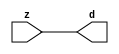

//------> ./rtl_mgc_ioport.v 
//------------------------------------------------------------------
//                M G C _ I O P O R T _ C O M P S
//------------------------------------------------------------------

//------------------------------------------------------------------
//                       M O D U L E S
//------------------------------------------------------------------

//------------------------------------------------------------------
//-- INPUT ENTITIES
//------------------------------------------------------------------

module mgc_in_wire (d, z);

  parameter integer rscid = 1;
  parameter integer width = 8;

  output [width-1:0] d;
  input  [width-1:0] z;

  wire   [width-1:0] d;

  assign d = z;

endmodule

//------------------------------------------------------------------

module mgc_in_wire_en (ld, d, lz, z);

  parameter integer rscid = 1;
  parameter integer width = 8;

  input              ld;
  output [width-1:0] d;
  output             lz;
  input  [width-1:0] z;

  wire   [width-1:0] d;
  wire               lz;

  assign d = z;
  assign lz = ld;

endmodule

//------------------------------------------------------------------

module mgc_in_wire_wait (ld, vd, d, lz, vz, z);

  parameter integer rscid = 1;
  parameter integer width = 8;

  input              ld;
  output             vd;
  output [width-1:0] d;
  output             lz;
  input              vz;
  input  [width-1:0] z;

  wire               vd;
  wire   [width-1:0] d;
  wire               lz;

  assign d = z;
  assign lz = ld;
  assign vd = vz;

endmodule
//------------------------------------------------------------------

module mgc_chan_in (ld, vd, d, lz, vz, z, size, req_size, sizez, sizelz);

  parameter integer rscid = 1;
  parameter integer width = 8;
  parameter integer sz_width = 8;

  input              ld;
  output             vd;
  output [width-1:0] d;
  output             lz;
  input              vz;
  input  [width-1:0] z;
  output [sz_width-1:0] size;
  input              req_size;
  input  [sz_width-1:0] sizez;
  output             sizelz;


  wire               vd;
  wire   [width-1:0] d;
  wire               lz;
  wire   [sz_width-1:0] size;
  wire               sizelz;

  assign d = z;
  assign lz = ld;
  assign vd = vz;
  assign size = sizez;
  assign sizelz = req_size;

endmodule


//------------------------------------------------------------------
//-- OUTPUT ENTITIES
//------------------------------------------------------------------

module mgc_out_stdreg (d, z);

  parameter integer rscid = 1;
  parameter integer width = 8;

  input    [width-1:0] d;
  output   [width-1:0] z;

  wire     [width-1:0] z;

  assign z = d;

endmodule

//------------------------------------------------------------------

module mgc_out_stdreg_en (ld, d, lz, z);

  parameter integer rscid = 1;
  parameter integer width = 8;

  input              ld;
  input  [width-1:0] d;
  output             lz;
  output [width-1:0] z;

  wire               lz;
  wire   [width-1:0] z;

  assign z = d;
  assign lz = ld;

endmodule

//------------------------------------------------------------------

module mgc_out_stdreg_wait (ld, vd, d, lz, vz, z);

  parameter integer rscid = 1;
  parameter integer width = 8;

  input              ld;
  output             vd;
  input  [width-1:0] d;
  output             lz;
  input              vz;
  output [width-1:0] z;

  wire               vd;
  wire               lz;
  wire   [width-1:0] z;

  assign z = d;
  assign lz = ld;
  assign vd = vz;

endmodule

//------------------------------------------------------------------

module mgc_out_prereg_en (ld, d, lz, z);

    parameter integer rscid = 1;
    parameter integer width = 8;

    input              ld;
    input  [width-1:0] d;
    output             lz;
    output [width-1:0] z;

    wire               lz;
    wire   [width-1:0] z;

    assign z = d;
    assign lz = ld;

endmodule

//------------------------------------------------------------------
//-- INOUT ENTITIES
//------------------------------------------------------------------

module mgc_inout_stdreg_en (ldin, din, ldout, dout, lzin, lzout, z);

    parameter integer rscid = 1;
    parameter integer width = 8;

    input              ldin;
    output [width-1:0] din;
    input              ldout;
    input  [width-1:0] dout;
    output             lzin;
    output             lzout;
    inout  [width-1:0] z;

    wire   [width-1:0] din;
    wire               lzin;
    wire               lzout;
    wire   [width-1:0] z;

    assign lzin = ldin;
    assign din = ldin ? z : {width{1'bz}};
    assign lzout = ldout;
    assign z = ldout ? dout : {width{1'bz}};

endmodule

//------------------------------------------------------------------
module hid_tribuf( I_SIG, ENABLE, O_SIG);
  parameter integer width = 8;

  input [width-1:0] I_SIG;
  input ENABLE;
  inout [width-1:0] O_SIG;

  assign O_SIG = (ENABLE) ? I_SIG : { width{1'bz}};

endmodule
//------------------------------------------------------------------

module mgc_inout_stdreg_wait (ldin, vdin, din, ldout, vdout, dout, lzin, vzin, lzout, vzout, z);

    parameter integer rscid = 1;
    parameter integer width = 8;

    input              ldin;
    output             vdin;
    output [width-1:0] din;
    input              ldout;
    output             vdout;
    input  [width-1:0] dout;
    output             lzin;
    input              vzin;
    output             lzout;
    input              vzout;
    inout  [width-1:0] z;

    wire               vdin;
    wire   [width-1:0] din;
    wire               vdout;
    wire               lzin;
    wire               lzout;
    wire   [width-1:0] z;
    wire   ldout_and_vzout;

    assign lzin = ldin;
    assign vdin = vzin;
    assign din = ldin ? z : {width{1'bz}};
    assign lzout = ldout;
    assign vdout = vzout ;
    assign ldout_and_vzout = ldout && vzout ;

    hid_tribuf #(width) tb( .I_SIG(dout),
                            .ENABLE(ldout_and_vzout),
                            .O_SIG(z) );

endmodule

//------------------------------------------------------------------

module mgc_inout_buf_wait (clk, en, arst, srst, ldin, vdin, din, ldout, vdout, dout, lzin, vzin, lzout, vzout, z);

    parameter integer rscid   = 0; // resource ID
    parameter integer width   = 8; // fifo width
    parameter         ph_clk  =  1'b1; // clock polarity 1=rising edge, 0=falling edge
    parameter         ph_en   =  1'b1; // clock enable polarity
    parameter         ph_arst =  1'b1; // async reset polarity
    parameter         ph_srst =  1'b1; // sync reset polarity

    input              clk;
    input              en;
    input              arst;
    input              srst;
    input              ldin;
    output             vdin;
    output [width-1:0] din;
    input              ldout;
    output             vdout;
    input  [width-1:0] dout;
    output             lzin;
    input              vzin;
    output             lzout;
    input              vzout;
    inout  [width-1:0] z;

    wire               lzout_buf;
    wire               vzout_buf;
    wire   [width-1:0] z_buf;
    wire               vdin;
    wire   [width-1:0] din;
    wire               vdout;
    wire               lzin;
    wire               lzout;
    wire   [width-1:0] z;

    assign lzin = ldin;
    assign vdin = vzin;
    assign din = ldin ? z : {width{1'bz}};
    assign lzout = lzout_buf & ~ldin;
    assign vzout_buf = vzout & ~ldin;
    hid_tribuf #(width) tb( .I_SIG(z_buf),
                            .ENABLE((lzout_buf && (!ldin) && vzout) ),
                            .O_SIG(z)  );

    mgc_out_buf_wait
    #(
        .rscid   (rscid),
        .width   (width),
        .ph_clk  (ph_clk),
        .ph_en   (ph_en),
        .ph_arst (ph_arst),
        .ph_srst (ph_srst)
    )
    BUFF
    (
        .clk     (clk),
        .en      (en),
        .arst    (arst),
        .srst    (srst),
        .ld      (ldout),
        .vd      (vdout),
        .d       (dout),
        .lz      (lzout_buf),
        .vz      (vzout_buf),
        .z       (z_buf)
    );


endmodule

module mgc_inout_fifo_wait (clk, en, arst, srst, ldin, vdin, din, ldout, vdout, dout, lzin, vzin, lzout, vzout, z);

    parameter integer rscid   = 0; // resource ID
    parameter integer width   = 8; // fifo width
    parameter integer fifo_sz = 8; // fifo depth
    parameter         ph_clk  = 1'b1;  // clock polarity 1=rising edge, 0=falling edge
    parameter         ph_en   = 1'b1;  // clock enable polarity
    parameter         ph_arst = 1'b1;  // async reset polarity
    parameter         ph_srst = 1'b1;  // sync reset polarity
    parameter integer ph_log2 = 3;     // log2(fifo_sz)
    parameter integer pwropt  = 0;     // pwropt

    input              clk;
    input              en;
    input              arst;
    input              srst;
    input              ldin;
    output             vdin;
    output [width-1:0] din;
    input              ldout;
    output             vdout;
    input  [width-1:0] dout;
    output             lzin;
    input              vzin;
    output             lzout;
    input              vzout;
    inout  [width-1:0] z;

    wire               lzout_buf;
    wire               vzout_buf;
    wire   [width-1:0] z_buf;
    wire               comb;
    wire               vdin;
    wire   [width-1:0] din;
    wire               vdout;
    wire               lzin;
    wire               lzout;
    wire   [width-1:0] z;

    assign lzin = ldin;
    assign vdin = vzin;
    assign din = ldin ? z : {width{1'bz}};
    assign lzout = lzout_buf & ~ldin;
    assign vzout_buf = vzout & ~ldin;
    assign comb = (lzout_buf && (!ldin) && vzout);

    hid_tribuf #(width) tb2( .I_SIG(z_buf), .ENABLE(comb), .O_SIG(z)  );

    mgc_out_fifo_wait
    #(
        .rscid   (rscid),
        .width   (width),
        .fifo_sz (fifo_sz),
        .ph_clk  (ph_clk),
        .ph_en   (ph_en),
        .ph_arst (ph_arst),
        .ph_srst (ph_srst),
        .ph_log2 (ph_log2),
        .pwropt  (pwropt)
    )
    FIFO
    (
        .clk   (clk),
        .en      (en),
        .arst    (arst),
        .srst    (srst),
        .ld      (ldout),
        .vd      (vdout),
        .d       (dout),
        .lz      (lzout_buf),
        .vz      (vzout_buf),
        .z       (z_buf)
    );

endmodule

//------------------------------------------------------------------
//-- I/O SYNCHRONIZATION ENTITIES
//------------------------------------------------------------------

module mgc_io_sync (ld, lz);

    input  ld;
    output lz;

    assign lz = ld;

endmodule

module mgc_bsync_rdy (rd, rz);

    parameter integer rscid   = 0; // resource ID
    parameter ready = 1;
    parameter valid = 0;

    input  rd;
    output rz;

    wire   rz;

    assign rz = rd;

endmodule

module mgc_bsync_vld (vd, vz);

    parameter integer rscid   = 0; // resource ID
    parameter ready = 0;
    parameter valid = 1;

    output vd;
    input  vz;

    wire   vd;

    assign vd = vz;

endmodule

module mgc_bsync_rv (rd, vd, rz, vz);

    parameter integer rscid   = 0; // resource ID
    parameter ready = 1;
    parameter valid = 1;

    input  rd;
    output vd;
    output rz;
    input  vz;

    wire   vd;
    wire   rz;

    assign rz = rd;
    assign vd = vz;

endmodule

//------------------------------------------------------------------

module mgc_sync (ldin, vdin, ldout, vdout);

  input  ldin;
  output vdin;
  input  ldout;
  output vdout;

  wire   vdin;
  wire   vdout;

  assign vdin = ldout;
  assign vdout = ldin;

endmodule

///////////////////////////////////////////////////////////////////////////////
// dummy function used to preserve funccalls for modulario
// it looks like a memory read to the caller
///////////////////////////////////////////////////////////////////////////////
module funccall_inout (d, ad, bd, z, az, bz);

  parameter integer ram_id = 1;
  parameter integer width = 8;
  parameter integer addr_width = 8;

  output [width-1:0]       d;
  input  [addr_width-1:0]  ad;
  input                    bd;
  input  [width-1:0]       z;
  output [addr_width-1:0]  az;
  output                   bz;

  wire   [width-1:0]       d;
  wire   [addr_width-1:0]  az;
  wire                     bz;

  assign d  = z;
  assign az = ad;
  assign bz = bd;

endmodule


///////////////////////////////////////////////////////////////////////////////
// inlinable modular io not otherwise found in mgc_ioport
///////////////////////////////////////////////////////////////////////////////

module modulario_en_in (vd, d, vz, z);

  parameter integer rscid = 1;
  parameter integer width = 8;

  output             vd;
  output [width-1:0] d;
  input              vz;
  input  [width-1:0] z;

  wire   [width-1:0] d;
  wire               vd;

  assign d = z;
  assign vd = vz;

endmodule

//------> ./rtl_mgc_ioport_v2001.v 
//------------------------------------------------------------------

module mgc_out_reg_pos (clk, en, arst, srst, ld, d, lz, z);

    parameter integer rscid   = 1;
    parameter integer width   = 8;
    parameter         ph_en   =  1'b1;
    parameter         ph_arst =  1'b1;
    parameter         ph_srst =  1'b1;

    input              clk;
    input              en;
    input              arst;
    input              srst;
    input              ld;
    input  [width-1:0] d;
    output             lz;
    output [width-1:0] z;

    reg                lz;
    reg    [width-1:0] z;

    generate
    if (ph_arst == 1'b0)
    begin: NEG_ARST
        always @(posedge clk or negedge arst)
        if (arst == 1'b0)
        begin: B1
            lz <= 1'b0;
            z  <= {width{1'b0}};
        end
        else if (srst == ph_srst)
        begin: B2
            lz <= 1'b0;
            z  <= {width{1'b0}};
        end
        else if (en == ph_en)
        begin: B3
            lz <= ld;
            z  <= (ld) ? d : z;
        end
    end
    else
    begin: POS_ARST
        always @(posedge clk or posedge arst)
        if (arst == 1'b1)
        begin: B1
            lz <= 1'b0;
            z  <= {width{1'b0}};
        end
        else if (srst == ph_srst)
        begin: B2
            lz <= 1'b0;
            z  <= {width{1'b0}};
        end
        else if (en == ph_en)
        begin: B3
            lz <= ld;
            z  <= (ld) ? d : z;
        end
    end
    endgenerate

endmodule

//------------------------------------------------------------------

module mgc_out_reg_neg (clk, en, arst, srst, ld, d, lz, z);

    parameter integer rscid   = 1;
    parameter integer width   = 8;
    parameter         ph_en   =  1'b1;
    parameter         ph_arst =  1'b1;
    parameter         ph_srst =  1'b1;

    input              clk;
    input              en;
    input              arst;
    input              srst;
    input              ld;
    input  [width-1:0] d;
    output             lz;
    output [width-1:0] z;

    reg                lz;
    reg    [width-1:0] z;

    generate
    if (ph_arst == 1'b0)
    begin: NEG_ARST
        always @(negedge clk or negedge arst)
        if (arst == 1'b0)
        begin: B1
            lz <= 1'b0;
            z  <= {width{1'b0}};
        end
        else if (srst == ph_srst)
        begin: B2
            lz <= 1'b0;
            z  <= {width{1'b0}};
        end
        else if (en == ph_en)
        begin: B3
            lz <= ld;
            z  <= (ld) ? d : z;
        end
    end
    else
    begin: POS_ARST
        always @(negedge clk or posedge arst)
        if (arst == 1'b1)
        begin: B1
            lz <= 1'b0;
            z  <= {width{1'b0}};
        end
        else if (srst == ph_srst)
        begin: B2
            lz <= 1'b0;
            z  <= {width{1'b0}};
        end
        else if (en == ph_en)
        begin: B3
            lz <= ld;
            z  <= (ld) ? d : z;
        end
    end
    endgenerate

endmodule

//------------------------------------------------------------------

module mgc_out_reg (clk, en, arst, srst, ld, d, lz, z); // Not Supported

    parameter integer rscid   = 1;
    parameter integer width   = 8;
    parameter         ph_clk  =  1'b1;
    parameter         ph_en   =  1'b1;
    parameter         ph_arst =  1'b1;
    parameter         ph_srst =  1'b1;

    input              clk;
    input              en;
    input              arst;
    input              srst;
    input              ld;
    input  [width-1:0] d;
    output             lz;
    output [width-1:0] z;


    generate
    if (ph_clk == 1'b0)
    begin: NEG_EDGE

        mgc_out_reg_neg
        #(
            .rscid   (rscid),
            .width   (width),
            .ph_en   (ph_en),
            .ph_arst (ph_arst),
            .ph_srst (ph_srst)
        )
        mgc_out_reg_neg_inst
        (
            .clk     (clk),
            .en      (en),
            .arst    (arst),
            .srst    (srst),
            .ld      (ld),
            .d       (d),
            .lz      (lz),
            .z       (z)
        );

    end
    else
    begin: POS_EDGE

        mgc_out_reg_pos
        #(
            .rscid   (rscid),
            .width   (width),
            .ph_en   (ph_en),
            .ph_arst (ph_arst),
            .ph_srst (ph_srst)
        )
        mgc_out_reg_pos_inst
        (
            .clk     (clk),
            .en      (en),
            .arst    (arst),
            .srst    (srst),
            .ld      (ld),
            .d       (d),
            .lz      (lz),
            .z       (z)
        );

    end
    endgenerate

endmodule




//------------------------------------------------------------------

module mgc_out_buf_wait (clk, en, arst, srst, ld, vd, d, vz, lz, z); // Not supported

    parameter integer rscid   = 1;
    parameter integer width   = 8;
    parameter         ph_clk  =  1'b1;
    parameter         ph_en   =  1'b1;
    parameter         ph_arst =  1'b1;
    parameter         ph_srst =  1'b1;

    input              clk;
    input              en;
    input              arst;
    input              srst;
    input              ld;
    output             vd;
    input  [width-1:0] d;
    output             lz;
    input              vz;
    output [width-1:0] z;

    wire               filled;
    wire               filled_next;
    wire   [width-1:0] abuf;
    wire               lbuf;


    assign filled_next = (filled & (~vz)) | (filled & ld) | (ld & (~vz));

    assign lbuf = ld & ~(filled ^ vz);

    assign vd = vz | ~filled;

    assign lz = ld | filled;

    assign z = (filled) ? abuf : d;

    wire dummy;
    wire dummy_bufreg_lz;

    // Output registers:
    mgc_out_reg
    #(
        .rscid   (rscid),
        .width   (1'b1),
        .ph_clk  (ph_clk),
        .ph_en   (ph_en),
        .ph_arst (ph_arst),
        .ph_srst (ph_srst)
    )
    STATREG
    (
        .clk     (clk),
        .en      (en),
        .arst    (arst),
        .srst    (srst),
        .ld      (filled_next),
        .d       (1'b0),       // input d is unused
        .lz      (filled),
        .z       (dummy)            // output z is unused
    );

    mgc_out_reg
    #(
        .rscid   (rscid),
        .width   (width),
        .ph_clk  (ph_clk),
        .ph_en   (ph_en),
        .ph_arst (ph_arst),
        .ph_srst (ph_srst)
    )
    BUFREG
    (
        .clk     (clk),
        .en      (en),
        .arst    (arst),
        .srst    (srst),
        .ld      (lbuf),
        .d       (d),
        .lz      (dummy_bufreg_lz),
        .z       (abuf)
    );

endmodule

//------------------------------------------------------------------

module mgc_out_fifo_wait (clk, en, arst, srst, ld, vd, d, lz, vz,  z);

    parameter integer rscid   = 0; // resource ID
    parameter integer width   = 8; // fifo width
    parameter integer fifo_sz = 8; // fifo depth
    parameter         ph_clk  = 1'b1; // clock polarity 1=rising edge, 0=falling edge
    parameter         ph_en   = 1'b1; // clock enable polarity
    parameter         ph_arst = 1'b1; // async reset polarity
    parameter         ph_srst = 1'b1; // sync reset polarity
    parameter integer ph_log2 = 3; // log2(fifo_sz)
    parameter integer pwropt  = 0; // pwropt


    input                 clk;
    input                 en;
    input                 arst;
    input                 srst;
    input                 ld;    // load data
    output                vd;    // fifo full active low
    input     [width-1:0] d;
    output                lz;    // fifo ready to send
    input                 vz;    // dest ready for data
    output    [width-1:0] z;

    wire    [31:0]      size;


      // Output registers:
 mgc_out_fifo_wait_core#(
        .rscid   (rscid),
        .width   (width),
        .sz_width (32),
        .fifo_sz (fifo_sz),
        .ph_clk  (ph_clk),
        .ph_en   (ph_en),
        .ph_arst (ph_arst),
        .ph_srst (ph_srst),
        .ph_log2 (ph_log2),
        .pwropt  (pwropt)
        ) CORE (
        .clk (clk),
        .en (en),
        .arst (arst),
        .srst (srst),
        .ld (ld),
        .vd (vd),
        .d (d),
        .lz (lz),
        .vz (vz),
        .z (z),
        .size (size)
        );

endmodule



module mgc_out_fifo_wait_core (clk, en, arst, srst, ld, vd, d, lz, vz,  z, size);

    parameter integer rscid   = 0; // resource ID
    parameter integer width   = 8; // fifo width
    parameter integer sz_width = 8; // size of port for elements in fifo
    parameter integer fifo_sz = 8; // fifo depth
    parameter         ph_clk  =  1'b1; // clock polarity 1=rising edge, 0=falling edge
    parameter         ph_en   =  1'b1; // clock enable polarity
    parameter         ph_arst =  1'b1; // async reset polarity
    parameter         ph_srst =  1'b1; // sync reset polarity
    parameter integer ph_log2 = 3; // log2(fifo_sz)
    parameter integer pwropt  = 0; // pwropt

   localparam integer  fifo_b = width * fifo_sz;

    input                 clk;
    input                 en;
    input                 arst;
    input                 srst;
    input                 ld;    // load data
    output                vd;    // fifo full active low
    input     [width-1:0] d;
    output                lz;    // fifo ready to send
    input                 vz;    // dest ready for data
    output    [width-1:0] z;
    output    [sz_width-1:0]      size;

    reg      [( (fifo_sz > 0) ? fifo_sz : 1)-1:0] stat_pre;
    wire     [( (fifo_sz > 0) ? fifo_sz : 1)-1:0] stat;
    reg      [( (fifo_b > 0) ? fifo_b : 1)-1:0] buff_pre;
    wire     [( (fifo_b > 0) ? fifo_b : 1)-1:0] buff;
    reg      [( (fifo_sz > 0) ? fifo_sz : 1)-1:0] en_l;
    reg      [(((fifo_sz > 0) ? fifo_sz : 1)-1)/8:0] en_l_s;

    reg       [width-1:0] buff_nxt;

    reg                   stat_nxt;
    reg                   stat_before;
    reg                   stat_after;
    reg                   en_l_var;

    integer               i;
    genvar                eni;

    wire [32:0]           size_t;
    reg [31:0]            count;
    reg [31:0]            count_t;
    reg [32:0]            n_elem;
// pragma translate_off
    reg [31:0]            peak;
// pragma translate_on

    wire [( (fifo_sz > 0) ? fifo_sz : 1)-1:0] dummy_statreg_lz;
    wire [( (fifo_b > 0) ? fifo_b : 1)-1:0] dummy_bufreg_lz;

    generate
    if ( fifo_sz > 0 )
    begin: FIFO_REG
      assign vd = vz | ~stat[0];
      assign lz = ld | stat[fifo_sz-1];
      assign size_t = (count - (vz && stat[fifo_sz-1])) + ld;
      assign size = size_t[sz_width-1:0];
      assign z = (stat[fifo_sz-1]) ? buff[fifo_b-1:width*(fifo_sz-1)] : d;

      always @(*)
      begin: FIFOPROC
        n_elem = 33'b0;
        for (i = fifo_sz-1; i >= 0; i = i - 1)
        begin
          if (i != 0)
            stat_before = stat[i-1];
          else
            stat_before = 1'b0;

          if (i != (fifo_sz-1))
            stat_after = stat[i+1];
          else
            stat_after = 1'b1;

          stat_nxt = stat_after &
                    (stat_before | (stat[i] & (~vz)) | (stat[i] & ld) | (ld & (~vz)));

          stat_pre[i] = stat_nxt;
          en_l_var = 1'b1;
          if (!stat_nxt)
            begin
              buff_nxt = {width{1'b0}};
              en_l_var = 1'b0;
            end
          else if (vz && stat_before)
            buff_nxt[0+:width] = buff[width*(i-1)+:width];
          else if (ld && !((vz && stat_before) || ((!vz) && stat[i])))
            buff_nxt = d;
          else
            begin
              if (pwropt == 0)
                buff_nxt[0+:width] = buff[width*i+:width];
              else
                buff_nxt = {width{1'b0}};
              en_l_var = 1'b0;
            end

          if (ph_en != 0)
            en_l[i] = en & en_l_var;
          else
            en_l[i] = en | ~en_l_var;

          buff_pre[width*i+:width] = buff_nxt[0+:width];

          if ((stat_after == 1'b1) && (stat[i] == 1'b0))
            n_elem = ($unsigned(fifo_sz) - 1) - i;
        end

        if (ph_en != 0)
          en_l_s[(((fifo_sz > 0) ? fifo_sz : 1)-1)/8] = 1'b1;
        else
          en_l_s[(((fifo_sz > 0) ? fifo_sz : 1)-1)/8] = 1'b0;

        for (i = fifo_sz-1; i >= 7; i = i - 1)
        begin
          if ((i%'d2) == 0)
          begin
            if (ph_en != 0)
              en_l_s[(i/8)-1] = en & (stat[i]|stat_pre[i-1]);
            else
              en_l_s[(i/8)-1] = en | ~(stat[i]|stat_pre[i-1]);
          end
        end

        if ( stat[fifo_sz-1] == 1'b0 )
          count_t = 32'b0;
        else if ( stat[0] == 1'b1 )
          count_t = { {(32-ph_log2){1'b0}}, fifo_sz};
        else
          count_t = n_elem[31:0];
        count = count_t;
// pragma translate_off
        if ( peak < count )
          peak = count;
// pragma translate_on
      end

      if (pwropt == 0)
      begin: NOCGFIFO
        // Output registers:
        mgc_out_reg
        #(
            .rscid   (rscid),
            .width   (fifo_sz),
            .ph_clk  (ph_clk),
            .ph_en   (ph_en),
            .ph_arst (ph_arst),
            .ph_srst (ph_srst)
        )
        STATREG
        (
            .clk     (clk),
            .en      (en),
            .arst    (arst),
            .srst    (srst),
            .ld      (1'b1),
            .d       (stat_pre),
            .lz      (dummy_statreg_lz[0]),
            .z       (stat)
        );
        mgc_out_reg
        #(
            .rscid   (rscid),
            .width   (fifo_b),
            .ph_clk  (ph_clk),
            .ph_en   (ph_en),
            .ph_arst (ph_arst),
            .ph_srst (ph_srst)
        )
        BUFREG
        (
            .clk     (clk),
            .en      (en),
            .arst    (arst),
            .srst    (srst),
            .ld      (1'b1),
            .d       (buff_pre),
            .lz      (dummy_bufreg_lz[0]),
            .z       (buff)
        );
      end
      else
      begin: CGFIFO
        // Output registers:
        if ( pwropt > 1)
        begin: CGSTATFIFO2
          for (eni = fifo_sz-1; eni >= 0; eni = eni - 1)
          begin: pwroptGEN1
            mgc_out_reg
            #(
              .rscid   (rscid),
              .width   (1),
              .ph_clk  (ph_clk),
              .ph_en   (ph_en),
              .ph_arst (ph_arst),
              .ph_srst (ph_srst)
            )
            STATREG
            (
              .clk     (clk),
              .en      (en_l_s[eni/8]),
              .arst    (arst),
              .srst    (srst),
              .ld      (1'b1),
              .d       (stat_pre[eni]),
              .lz      (dummy_statreg_lz[eni]),
              .z       (stat[eni])
            );
          end
        end
        else
        begin: CGSTATFIFO
          mgc_out_reg
          #(
            .rscid   (rscid),
            .width   (fifo_sz),
            .ph_clk  (ph_clk),
            .ph_en   (ph_en),
            .ph_arst (ph_arst),
            .ph_srst (ph_srst)
          )
          STATREG
          (
            .clk     (clk),
            .en      (en),
            .arst    (arst),
            .srst    (srst),
            .ld      (1'b1),
            .d       (stat_pre),
            .lz      (dummy_statreg_lz[0]),
            .z       (stat)
          );
        end
        for (eni = fifo_sz-1; eni >= 0; eni = eni - 1)
        begin: pwroptGEN2
          mgc_out_reg
          #(
            .rscid   (rscid),
            .width   (width),
            .ph_clk  (ph_clk),
            .ph_en   (ph_en),
            .ph_arst (ph_arst),
            .ph_srst (ph_srst)
          )
          BUFREG
          (
            .clk     (clk),
            .en      (en_l[eni]),
            .arst    (arst),
            .srst    (srst),
            .ld      (1'b1),
            .d       (buff_pre[width*eni+:width]),
            .lz      (dummy_bufreg_lz[eni]),
            .z       (buff[width*eni+:width])
          );
        end
      end
    end
    else
    begin: FEED_THRU
      assign vd = vz;
      assign lz = ld;
      assign z = d;
      assign size = ld && !vz;
    end
    endgenerate

endmodule

//------------------------------------------------------------------
//-- PIPE ENTITIES
//------------------------------------------------------------------
/*
 *
 *             _______________________________________________
 * WRITER    |                                               |          READER
 *           |           MGC_PIPE                            |
 *           |           __________________________          |
 *        --<| vdout  --<| vd ---------------  vz<|-----ldin<|---
 *           |           |      FIFO              |          |
 *        ---|>ldout  ---|>ld ---------------- lz |> ---vdin |>--
 *        ---|>dout -----|>d  ---------------- dz |> ----din |>--
 *           |           |________________________|          |
 *           |_______________________________________________|
 */
// two clock pipe
module mgc_pipe (clk, en, arst, srst, ldin, vdin, din, ldout, vdout, dout, size, req_size);

    parameter integer rscid   = 0; // resource ID
    parameter integer width   = 8; // fifo width
    parameter integer sz_width = 8; // width of size of elements in fifo
    parameter integer fifo_sz = 8; // fifo depth
    parameter integer log2_sz = 3; // log2(fifo_sz)
    parameter         ph_clk  = 1'b1;  // clock polarity 1=rising edge, 0=falling edge
    parameter         ph_en   = 1'b1;  // clock enable polarity
    parameter         ph_arst = 1'b1;  // async reset polarity
    parameter         ph_srst = 1'b1;  // sync reset polarity
    parameter integer pwropt  = 0; // pwropt

    input              clk;
    input              en;
    input              arst;
    input              srst;
    input              ldin;
    output             vdin;
    output [width-1:0] din;
    input              ldout;
    output             vdout;
    input  [width-1:0] dout;
    output [sz_width-1:0]      size;
    input              req_size;


    mgc_out_fifo_wait_core
    #(
        .rscid    (rscid),
        .width    (width),
        .sz_width (sz_width),
        .fifo_sz  (fifo_sz),
        .ph_clk   (ph_clk),
        .ph_en    (ph_en),
        .ph_arst  (ph_arst),
        .ph_srst  (ph_srst),
        .ph_log2  (log2_sz),
        .pwropt   (pwropt)
    )
    FIFO
    (
        .clk     (clk),
        .en      (en),
        .arst    (arst),
        .srst    (srst),
        .ld      (ldout),
        .vd      (vdout),
        .d       (dout),
        .lz      (vdin),
        .vz      (ldin),
        .z       (din),
        .size    (size)
    );

endmodule


//------> ./rtl.v 
// ----------------------------------------------------------------------
//  HLS HDL:        Verilog Netlister
//  HLS Version:    2011a.126 Production Release
//  HLS Date:       Wed Aug  8 00:52:07 PDT 2012
// 
//  Generated by:   kjr115@EEWS104A-008
//  Generated date: Tue Mar 01 15:07:47 2016
// ----------------------------------------------------------------------

// 
// ------------------------------------------------------------------
//  Design Unit:    dot_product_core
// ------------------------------------------------------------------


module dot_product_core (
  clk, en, arst_n, input_a_rsc_mgc_in_wire_d, input_b_rsc_mgc_in_wire_d, output_rsc_mgc_out_stdreg_d
);
  input clk;
  input en;
  input arst_n;
  input [7:0] input_a_rsc_mgc_in_wire_d;
  input [7:0] input_b_rsc_mgc_in_wire_d;
  output [7:0] output_rsc_mgc_out_stdreg_d;
  reg [7:0] output_rsc_mgc_out_stdreg_d;


  // Interconnect Declarations
  reg exit_MAC_lpi;
  reg [7:0] acc_sva_1;
  reg [2:0] i_1_sva_1;
  wire [2:0] MAC_acc_itm;
  wire [3:0] nl_MAC_acc_itm;
  wire [7:0] acc_sva_2;
  wire [8:0] nl_acc_sva_2;
  wire [2:0] i_1_sva_2;
  wire [3:0] nl_i_1_sva_2;


  // Interconnect Declarations for Component Instantiations 
  assign nl_acc_sva_2 = (acc_sva_1 & (signext_8_1(~ exit_MAC_lpi))) + conv_s2s_16_8(input_a_rsc_mgc_in_wire_d
      * input_b_rsc_mgc_in_wire_d);
  assign acc_sva_2 = nl_acc_sva_2[7:0];
  assign nl_i_1_sva_2 = (i_1_sva_1 & (signext_3_1(~ exit_MAC_lpi))) + 3'b1;
  assign i_1_sva_2 = nl_i_1_sva_2[2:0];
  assign nl_MAC_acc_itm = i_1_sva_2 + 3'b11;
  assign MAC_acc_itm = nl_MAC_acc_itm[2:0];
  always @(posedge clk or negedge arst_n) begin
    if ( ~ arst_n ) begin
      output_rsc_mgc_out_stdreg_d <= 8'b0;
      acc_sva_1 <= 8'b0;
      i_1_sva_1 <= 3'b0;
      exit_MAC_lpi <= 1'b1;
    end
    else begin
      if ( en ) begin
        output_rsc_mgc_out_stdreg_d <= MUX_v_8_2_2({acc_sva_2 , output_rsc_mgc_out_stdreg_d},
            MAC_acc_itm[2]);
        acc_sva_1 <= acc_sva_2;
        i_1_sva_1 <= i_1_sva_2;
        exit_MAC_lpi <= ~ (MAC_acc_itm[2]);
      end
    end
  end

  function [7:0] signext_8_1;
    input [0:0] vector;
  begin
    signext_8_1= {{7{vector[0]}}, vector};
  end
  endfunction


  function [2:0] signext_3_1;
    input [0:0] vector;
  begin
    signext_3_1= {{2{vector[0]}}, vector};
  end
  endfunction


  function [7:0] MUX_v_8_2_2;
    input [15:0] inputs;
    input [0:0] sel;
    reg [7:0] result;
  begin
    case (sel)
      1'b0 : begin
        result = inputs[15:8];
      end
      1'b1 : begin
        result = inputs[7:0];
      end
      default : begin
        result = inputs[15:8];
      end
    endcase
    MUX_v_8_2_2 = result;
  end
  endfunction


  function signed [7:0] conv_s2s_16_8 ;
    input signed [15:0]  vector ;
  begin
    conv_s2s_16_8 = vector[7:0];
  end
  endfunction

endmodule

// ------------------------------------------------------------------
//  Design Unit:    dot_product
//  Generated from file(s):
//    2) $PROJECT_HOME/dot_product.cpp
// ------------------------------------------------------------------


module dot_product (
  input_a_rsc_z, input_b_rsc_z, output_rsc_z, clk, en, arst_n
);
  input [7:0] input_a_rsc_z;
  input [7:0] input_b_rsc_z;
  output [7:0] output_rsc_z;
  input clk;
  input en;
  input arst_n;


  // Interconnect Declarations
  wire [7:0] input_a_rsc_mgc_in_wire_d;
  wire [7:0] input_b_rsc_mgc_in_wire_d;
  wire [7:0] output_rsc_mgc_out_stdreg_d;


  // Interconnect Declarations for Component Instantiations 
  mgc_in_wire #(.rscid(1),
  .width(8)) input_a_rsc_mgc_in_wire (
      .d(input_a_rsc_mgc_in_wire_d),
      .z(input_a_rsc_z)
    );
  mgc_in_wire #(.rscid(2),
  .width(8)) input_b_rsc_mgc_in_wire (
      .d(input_b_rsc_mgc_in_wire_d),
      .z(input_b_rsc_z)
    );
  mgc_out_stdreg #(.rscid(3),
  .width(8)) output_rsc_mgc_out_stdreg (
      .d(output_rsc_mgc_out_stdreg_d),
      .z(output_rsc_z)
    );
  dot_product_core dot_product_core_inst (
      .clk(clk),
      .en(en),
      .arst_n(arst_n),
      .input_a_rsc_mgc_in_wire_d(input_a_rsc_mgc_in_wire_d),
      .input_b_rsc_mgc_in_wire_d(input_b_rsc_mgc_in_wire_d),
      .output_rsc_mgc_out_stdreg_d(output_rsc_mgc_out_stdreg_d)
    );
endmodule